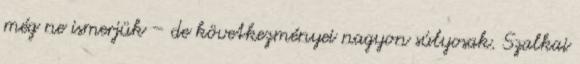
még ne ismerjük – de következményei nagyon súlyosak. Szalkai